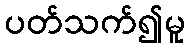
ပတ်သက်၍မူ